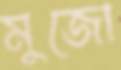
মুজো